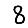
Digit: 8